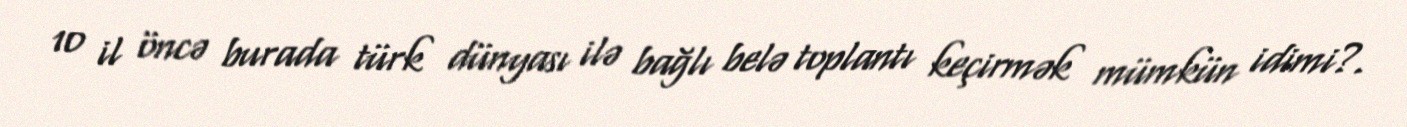
10 il öncə burada türk dünyası ilə bağlı belə toplantı keçirmək mümkün idimi?.